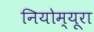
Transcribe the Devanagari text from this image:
नियोम्यूरा